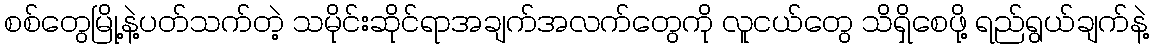
စစ်တွေမြို့နဲ့ပတ်သက်တဲ့ သမိုင်းဆိုင်ရာအချက်အလက်တွေကို လူငယ်တွေ သိရှိစေဖို့ ရည်ရွယ်ချက်နဲ့